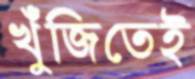
খুঁজিতেই